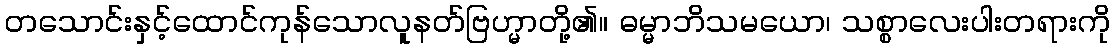
တသောင်းနှင့်ထောင်ကုန်သောလူနတ်ဗြဟ္မာတို့၏။ ဓမ္မာဘိသမယော၊ သစ္စာလေးပါးတရားကို